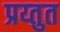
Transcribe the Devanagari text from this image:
प्रय्तुत